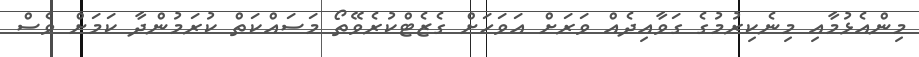
މިންއެޅުމާއި މިނެކިރުމުގެ ގަވާއިދެއް ވަރަށް އަވަހަށް ގެޒެޓްކުރެވޭތޯ މަސައްކަތް ކުރަމުންދާ ކަމަށް ވެސް